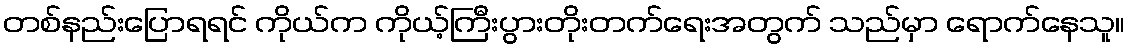
တစ်နည်းပြောရရင် ကိုယ်က ကိုယ့်ကြီးပွားတိုးတက်ရေးအတွက် သည်မှာ ရောက်နေသူ။